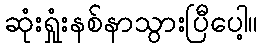
ဆုံးရှုံးနစ်နာသွားပြီပေါ့။